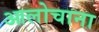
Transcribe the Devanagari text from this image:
आलोचाना